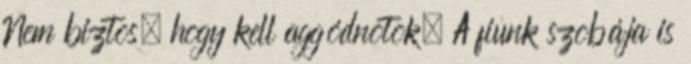
Nem biztos, hogy kell aggódnotok. A fiunk szobája is